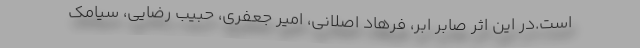
است.در این اثر صابر ابر، فرهاد اصلانی، امیر جعفری، حبیب رضایی، سیامک